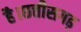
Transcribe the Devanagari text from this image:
है।छत्तीसगढ़